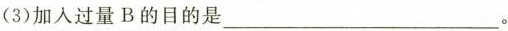
(3)加入过量B的目的是___。